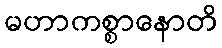
မဟာကစ္စာနောတိ